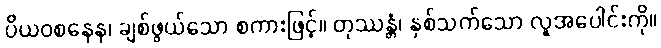
ပိယဝစနေန၊ ချစ်ဖွယ်သော စကားဖြင့်။ တုဿန္တံ၊ နှစ်သက်သော လူအပေါင်းကို။